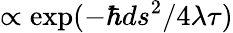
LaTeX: \propto\exp(-\hbar ds^{2}/4\lambda\tau)